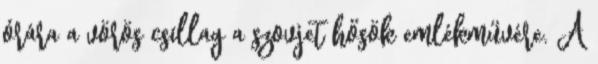
órára a vörös csillag a szovjet hősök emlékművére. A